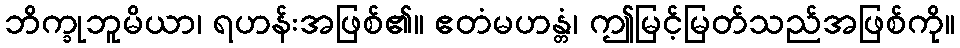
ဘိက္ခုဘူမိယာ၊ ရဟန်းအဖြစ်၏။ ဧတံမဟန္တံ၊ ဤမြင့်မြတ်သည်အဖြစ်ကို။